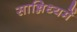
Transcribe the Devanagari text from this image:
सान्निध्‍यमें